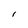
Character: l